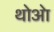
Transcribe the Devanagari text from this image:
थोआे